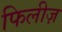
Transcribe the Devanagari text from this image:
फिलीज़